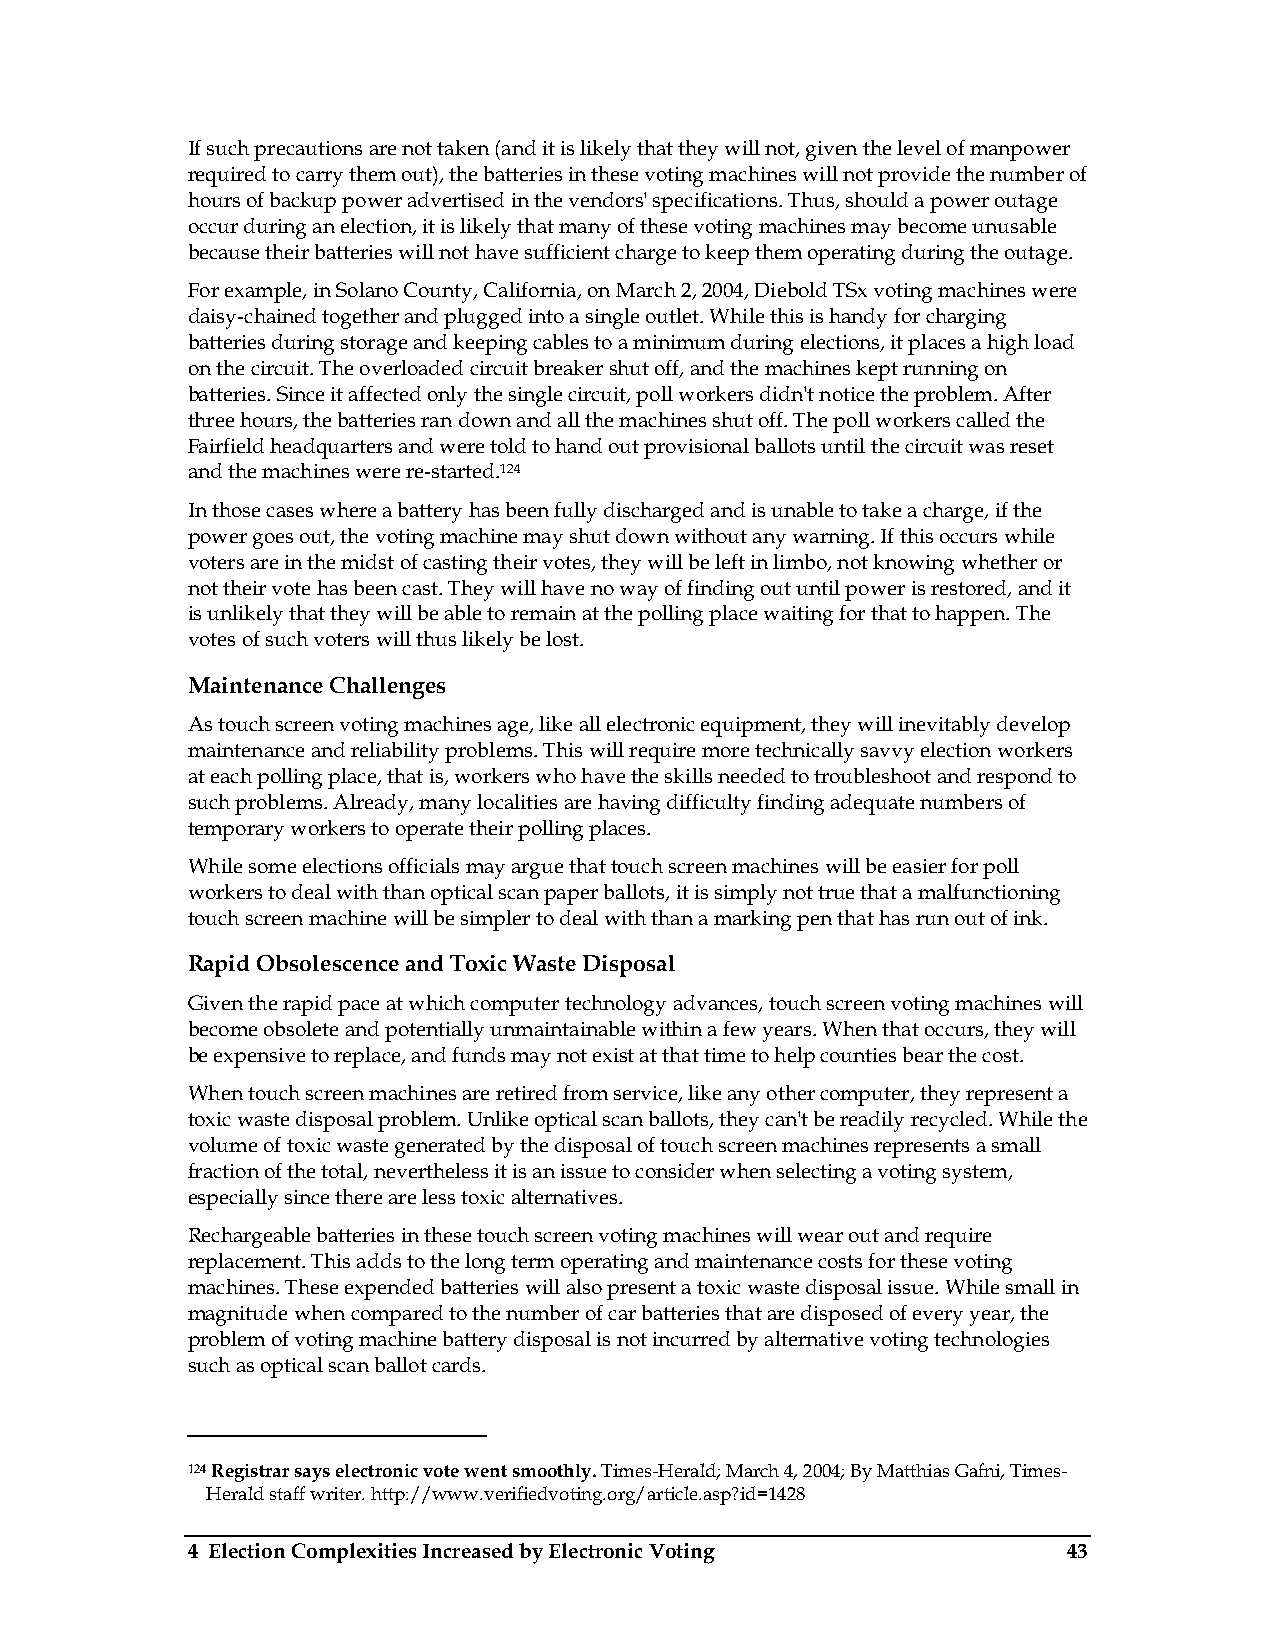
If such precautions are not taken (and it is likely that they will not, given the level of manpower
 required to carry them out), the batteries in these voting machines will not provide the number of
 hours of backup power advertised in the vendors' specifications. Thus, should a power outage
 occur during an election, it is likely that many of these voting machines may become unusable
 because their batteries will not have sufficient charge to keep them operating during the outage.
 For example, in Solano County, California, on March 2, 2004, Diebold TSx voting machines were
 daisy-chained together and plugged into a single outlet. While this is handy for charging
 batteries during storage and keeping cables to a minimum during elections, it places a high load
 on the circuit. The overloaded circuit breaker shut off, and the machines kept running on
 batteries. Since it affected only the single circuit, poll workers didn't notice the problem. After
 three hours, the batteries ran down and all the machines shut off. The poll workers called the
 Fairfield headquarters and were told to hand out provisional ballots until the circuit was reset
 and the machines were re-started.124
 In those cases where a battery has been fully discharged and is unable to take a charge, if the
 power goes out, the voting machine may shut down without any warning. If this occurs while
 voters are in the midst of casting their votes, they will be left in limbo, not knowing whether or
 not their vote has been cast. They will have no way of finding out until power is restored, and it
 is unlikely that they will be able to remain at the polling place waiting for that to happen. The
 votes of such voters will thus likely be lost.
 Maintenance Challenges
 As touch screen voting machines age, like all electronic equipment, they will inevitably develop
 maintenance and reliability problems. This will require more technically savvy election workers
 at each polling place, that is, workers who have the skills needed to troubleshoot and respond to
 such problems. Already, many localities are having difficulty finding adequate numbers of
 temporary workers to operate their polling places.
 While some elections officials may argue that touch screen machines will be easier for poll
 workers to deal with than optical scan paper ballots, it is simply not true that a malfunctioning
 touch screen machine will be simpler to deal with than a marking pen that has run out of ink.
 Rapid Obsolescence and Toxic Waste Disposal
 Given the rapid pace at which computer technology advances, touch screen voting machines will
 become obsolete and potentially unmaintainable within a few years. When that occurs, they will
 be expensive to replace, and funds may not exist at that time to help counties bear the cost.
 When touch screen machines are retired from service, like any other computer, they represent a
 toxic waste disposal problem. Unlike optical scan ballots, they can't be readily recycled. While the
 volume of toxic waste generated by the disposal of touch screen machines represents a small
 fraction of the total, nevertheless it is an issue to consider when selecting a voting system,
 especially since there are less toxic alternatives.
 Rechargeable batteries in these touch screen voting machines will wear out and require
 replacement. This adds to the long term operating and maintenance costs for these voting
 machines. These expended batteries will also present a toxic waste disposal issue. While small in
 magnitude when compared to the number of car batteries that are disposed of every year, the
 problem of voting machine battery disposal is not incurred by alternative voting technologies
 such as optical scan ballot cards.
 124 Registrar says electronic vote went smoothly. Times-Herald; March 4, 2004; By Matthias Gafni, Times-
 Herald staff writer. http://www.verifiedvoting.org/article.asp?id=1428
 4 Election Complexities Increased by Electronic Voting     43